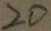
2 0